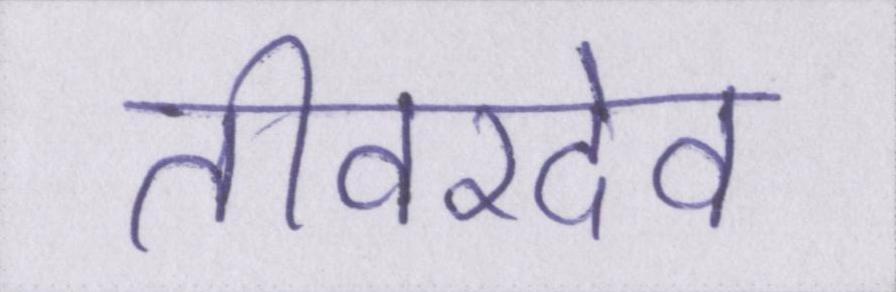
तीवरदेव